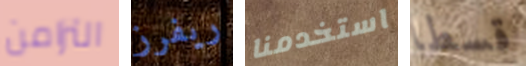
التزامن ريفرز استخدمنا قسطا